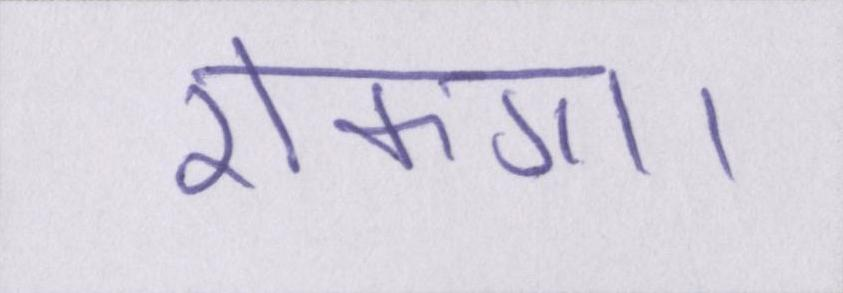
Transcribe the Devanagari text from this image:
रोकगा।